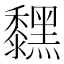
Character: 𪒚